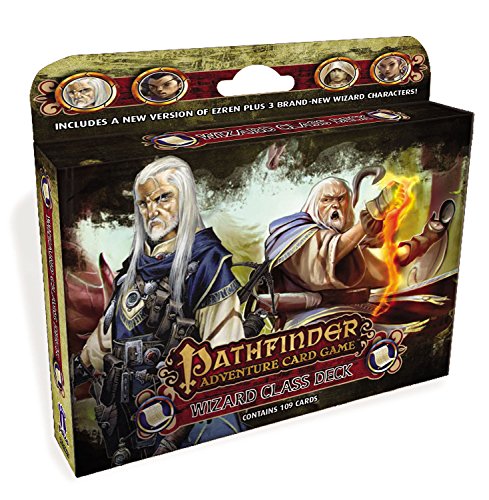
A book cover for Pathfinder Adventure Card Game: Wizard Class Deck; Mike Selinker; Science Fiction & Fantasy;